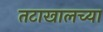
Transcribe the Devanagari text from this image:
तटाखालच्या